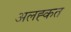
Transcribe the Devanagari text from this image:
अलह्कत